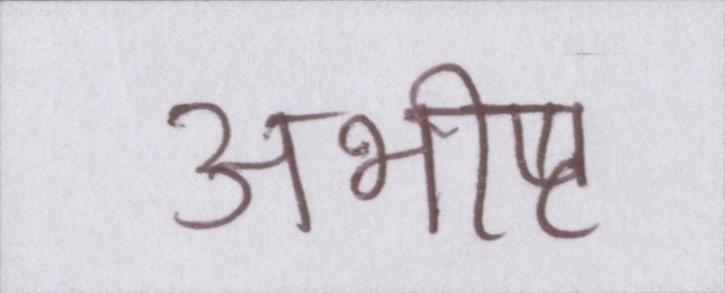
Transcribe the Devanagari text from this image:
अभीष्ट